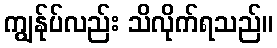
ကျွန်ုပ်လည်း သိလိုက်ရသည်။